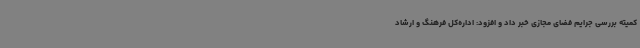
کمیته بررسی جرایم فضای مجازی خبر داد و افزود: اداره‌کل فرهنگ و ارشاد